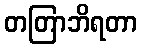
တတြာဘိရတာ